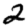
Digit: 2